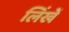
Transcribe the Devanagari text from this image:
लिंखें